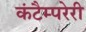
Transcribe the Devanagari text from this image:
कंटैम्परेरी